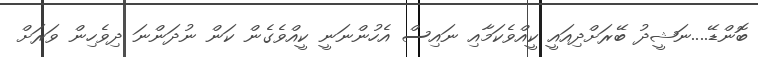
ބޮންޑޭ....ނަޝީދު ބޭރަށްދިއައީ ކީއްވެކަމާއި ނައިސް އެހުންނަނީ ކީއްވެގެން ކަން ނުދަންނަ ދިވެހިން ވަރަށް